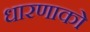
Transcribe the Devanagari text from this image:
धारणाको